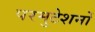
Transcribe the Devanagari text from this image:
परमुटेशनों